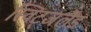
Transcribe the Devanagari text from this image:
स्विट्जर्लैंड